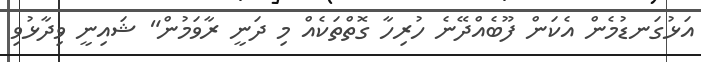
އަޅުގަނޑުމެން އެކަން ފޫބެއްދޭނެ ހުރިހާ ގޮތްތަކެއް މި ދަނީ ރާވަމުން" ޝައިނީ ވިދާޅުވި